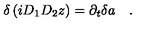
\delta \left( i D _ { 1 } D _ { 2 } z \right) = \partial _ { t } { \delta a } \quad .